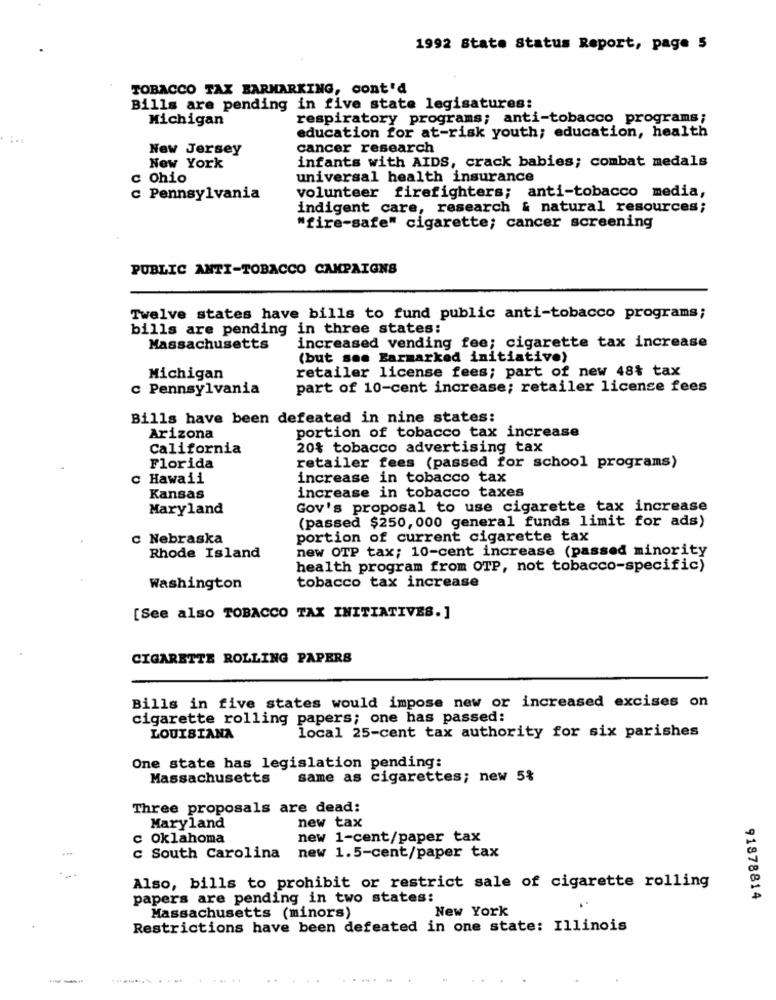
1992 State Status Report, page 5
TOBACCO TAX BARMARKING, cont'd
Bills are pending in five state legisatures:
Michigan
respiratory programs; anti-tobacco programs;
education for at-risk youth; education, health
New Jersey
cancer research
infants with AIDS, crack babies; combat medals
New York
c Ohio
universal health insurance
volunteer firefighters; anti-tobacco media,
c Pennsylvania
indigent care, research & natural resources;
"fire-safe" cigarette; cancer screening
PUBLIC ANTI-TOBACCO CAMPAIGNS
Twelve states have bills to fund public anti-tobacco programs;
bills are pending in three states:
Massachusetts
increased vending fee; cigarette tax increase
(but som Earmarked initiative)
retailer license fees; part of new 48% tax
Michigan
c Pennsylvania
part of 10-cent increase; retailer license fees
Bills have been defeated in nine states:
portion of tobacco tax increase
Arizona
California
20% tobacco advertising tax
Florida
retailer fees (passed for school programs)
c Hawaii
increase in tobacco tax
Kansas
increase in tobacco taxes
Maryland
Gov's proposal to use cigarette tax increase
(passed $250, 000 general funds limit for ads)
c Nebraska
portion of current cigarette tax
new OTP tax; 10-cent increase (passed minority
Rhode Island
health program from OTP, not tobacco-specific)
Washington
tobacco tax increase
[See also TOBACCO TAX INITIATIVES.]
CIGARETTE ROLLING PAPERS
Bills in five states would impose new or increased excises on
cigarette rolling papers; one has passed:
LOUISIANA
local 25-cent tax authority for six parishes
One state has legislation pending:
Massachusetts
same as cigarettes; new 5%
Three proposals are dead:
Maryland
new tax
c Oklahoma
new 1-cent/paper tax
c South Carolina
new 1.5-cent/paper tax
Also, bills to prohibit or restrict sale of cigarette rolling
papers are pending in two states:
91878814
New York
Massachusetts (minors)
Restrictions have been defeated in one state: Illinois